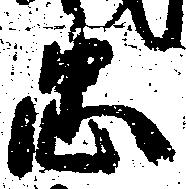
忠